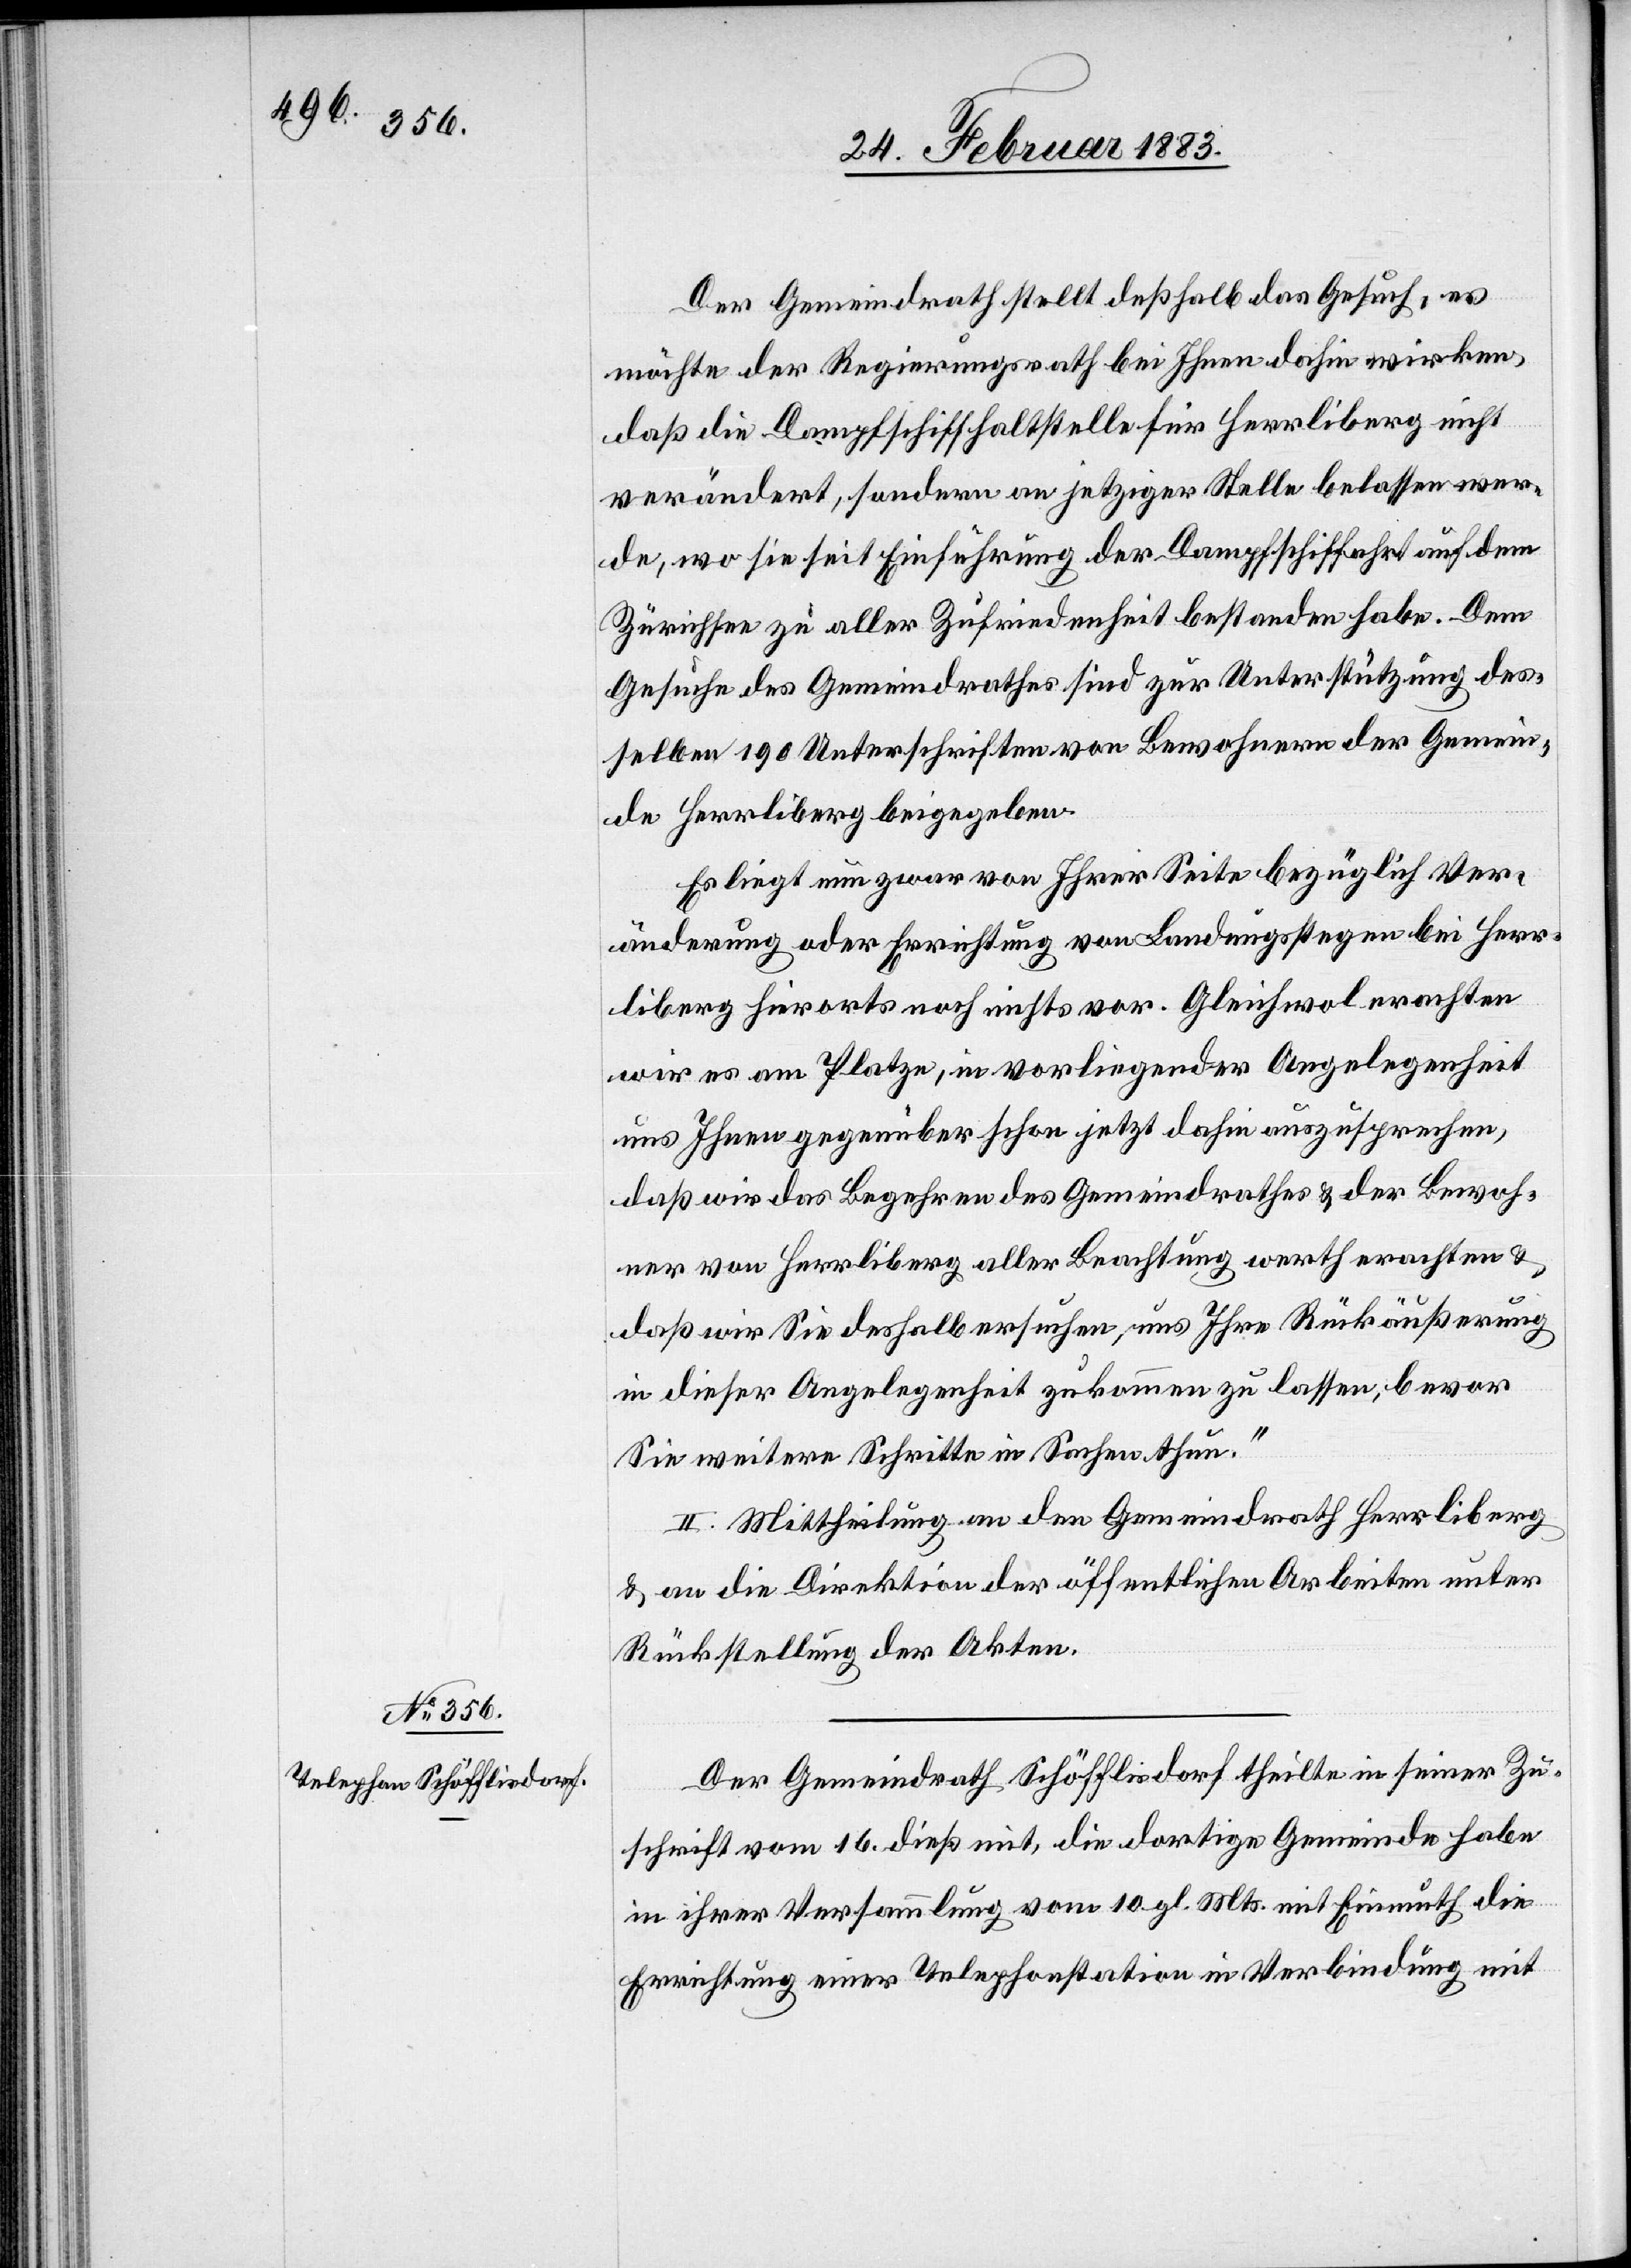
Der Gemeindrath stellt deßhalb das Gesuch, es
möchte der Regierungsrath bei Ihnen dahin wirken,
daß die Dampfschiffhaltstelle für Herrliberg nicht
verändert, sondern an jetziger Stelle belassen wer¬
de, wo sie seit Einführung der Dampfschiffahrt auf dem
Zürichsee zu aller Zufriedenheit bestanden habe. Dem
Gesuche des Gemeindrathes sind zur Unterstützung des¬
selben 190 Unterschriften von Bewohnern der Gemein¬
de Herrliberg beigegeben.
Es liegt nun zwar von Ihrer Seite bezüglich Ver¬
änderung oder Errichtung von Landungsstegen bei Herr¬
liberg hierorts noch nichts vor. Gleichwol erachten
wir es am Platze, in vorliegender Angelegenheit
uns Ihnen gegenüber schon jetzt dahin auszusprechen,
daß wir das Begehren des Gemeindrathes & der Bewoh¬
ner von Herrliberg aller Beachtung werth erachten &
daß wir Sie deshalb ersuchen, uns Ihre Rückäußerung
in dieser Angelegenheit zukommen zu lassen, bevor
Sie weitere Schritte in Sachen thun.“
II. Mittheilung an den Gemeindrath Herrliberg
& an die Direktion der öffentlichen Arbeiten unter
Rückstellung der Akten.
Der Gemeindrath Schöfflisdorf theilte in seiner Zu¬
schrift vom 16. dieß mit, die dortige Gemeinde habe
in ihrer Versammlung vom 10. gl. Mts. mit Einmuth die
Errichtung einer Telephonstation in Verbindung mit